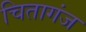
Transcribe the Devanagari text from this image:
चितागंज